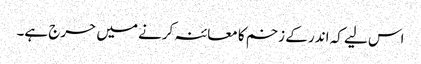
اس لیے کہ اندر کے زخم کا معائنہ کرنے میں حرج ہے۔